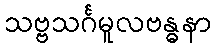
သဗ္ဗသင်္ဂမူလဗန္ဓနာ